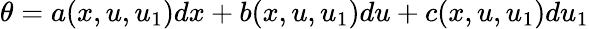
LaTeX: \theta=a(x,u,u_{1})dx+b(x,u,u_{1})du+c(x,u,u_{1})du_{1}